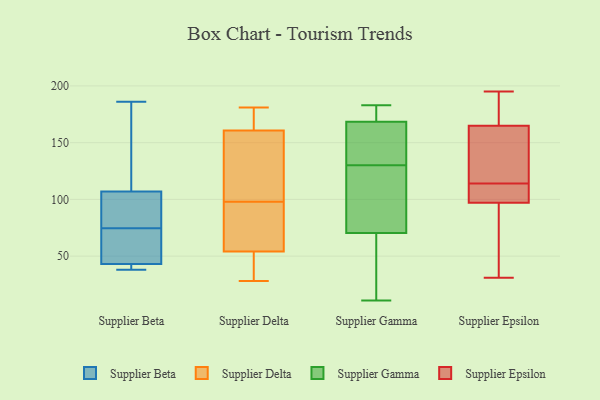
{"axis": {"x": "Churn Rate (%)", "y": "Value"}, "legend": ["Supplier Beta", "Supplier Delta", "Supplier Epsilon", "Supplier Gamma"], "data": [{"x": "", "y": 67, "type": "Supplier Beta"}, {"x": "", "y": 42, "type": "Supplier Beta"}, {"x": "", "y": 43, "type": "Supplier Beta"}, {"x": "", "y": 44, "type": "Supplier Beta"}, {"x": "", "y": 38, "type": "Supplier Beta"}, {"x": "", "y": 82, "type": "Supplier Beta"}, {"x": "", "y": 186, "type": "Supplier Beta"}, {"x": "", "y": 159, "type": "Supplier Beta"}, {"x": "", "y": 107, "type": "Supplier Beta"}, {"x": "", "y": 98, "type": "Supplier Beta"}, {"x": "", "y": 163, "type": "Supplier Delta"}, {"x": "", "y": 181, "type": "Supplier Delta"}, {"x": "", "y": 130, "type": "Supplier Delta"}, {"x": "", "y": 35, "type": "Supplier Delta"}, {"x": "", "y": 160, "type": "Supplier Delta"}, {"x": "", "y": 45, "type": "Supplier Delta"}, {"x": "", "y": 57, "type": "Supplier Delta"}, {"x": "", "y": 98, "type": "Supplier Delta"}, {"x": "", "y": 28, "type": "Supplier Delta"}, {"x": "", "y": 65, "type": "Supplier Delta"}, {"x": "", "y": 146, "type": "Supplier Delta"}, {"x": "", "y": 64, "type": "Supplier Delta"}, {"x": "", "y": 175, "type": "Supplier Delta"}, {"x": "", "y": 101, "type": "Supplier Gamma"}, {"x": "", "y": 156, "type": "Supplier Gamma"}, {"x": "", "y": 130, "type": "Supplier Gamma"}, {"x": "", "y": 41, "type": "Supplier Gamma"}, {"x": "", "y": 135, "type": "Supplier Gamma"}, {"x": "", "y": 173, "type": "Supplier Gamma"}, {"x": "", "y": 52, "type": "Supplier Gamma"}, {"x": "", "y": 158, "type": "Supplier Gamma"}, {"x": "", "y": 61, "type": "Supplier Gamma"}, {"x": "", "y": 115, "type": "Supplier Gamma"}, {"x": "", "y": 99, "type": "Supplier Gamma"}, {"x": "", "y": 183, "type": "Supplier Gamma"}, {"x": "", "y": 172, "type": "Supplier Gamma"}, {"x": "", "y": 177, "type": "Supplier Gamma"}, {"x": "", "y": 11, "type": "Supplier Gamma"}, {"x": "", "y": 182, "type": "Supplier Epsilon"}, {"x": "", "y": 114, "type": "Supplier Epsilon"}, {"x": "", "y": 44, "type": "Supplier Epsilon"}, {"x": "", "y": 96, "type": "Supplier Epsilon"}, {"x": "", "y": 140, "type": "Supplier Epsilon"}, {"x": "", "y": 150, "type": "Supplier Epsilon"}, {"x": "", "y": 195, "type": "Supplier Epsilon"}, {"x": "", "y": 131, "type": "Supplier Epsilon"}, {"x": "", "y": 31, "type": "Supplier Epsilon"}, {"x": "", "y": 191, "type": "Supplier Epsilon"}, {"x": "", "y": 113, "type": "Supplier Epsilon"}, {"x": "", "y": 46, "type": "Supplier Epsilon"}, {"x": "", "y": 100, "type": "Supplier Epsilon"}, {"x": "", "y": 170, "type": "Supplier Epsilon"}, {"x": "", "y": 113, "type": "Supplier Epsilon"}]}